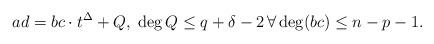
LaTeX: \begin{align*}ad=bc\cdot t^\Delta +Q,\;\deg Q\leq q+\delta-2\,\forall\deg(bc)\leq n-p-1.\end{align*}